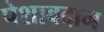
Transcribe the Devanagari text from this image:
पेशाबदान